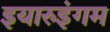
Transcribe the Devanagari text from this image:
इयारुइंगम